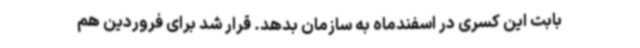
بابت این کسری در اسفندماه به سازمان بدهد. قرار شد برای فروردین هم